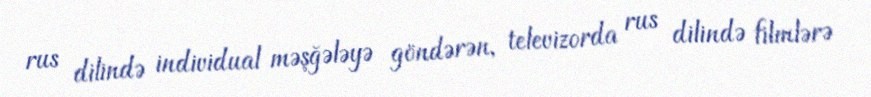
rus dilində individual məşğələyə göndərən, televizorda rus dilində filmlərə